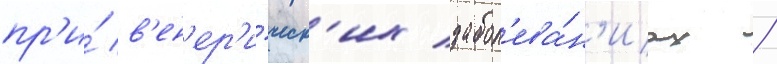
пр'и́ в'ен'ер'и́ческ'их забол'ева́н'иах /